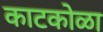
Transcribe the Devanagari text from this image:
काटकोळा